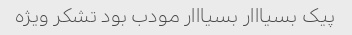
پیک بسیااار بسیااار مودب بود تشکر ویژه